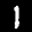
Label: 1